Vaccine operations Central Provinces 1886-1899 - 1886-1899
Year: 1886
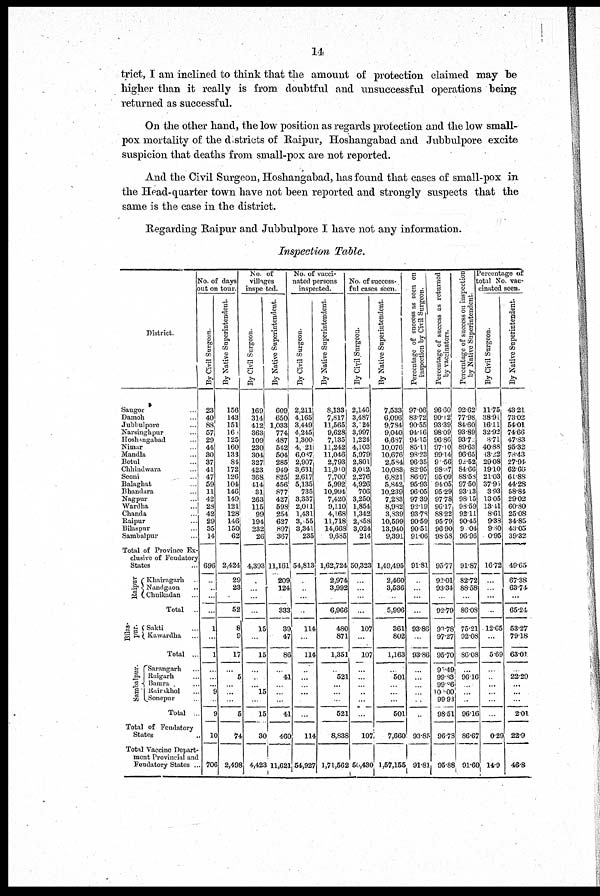
14
trict, I am inclined to think that the amount of protection claimed may be
higher than it really is from doubtful and unsuccessful operations being
returned as successful.
On the other hand, the low position as regards protection and the low small-
pox mortality of the districts of Raipur, Hoshangabad and Jubbulpore excite
suspicion that deaths from small-pox are not reported.
And the Civil Surgeon, Hoshangabad, has found that cases of small-pox in
the Head-quarter town have not been reported and strongly suspects that the
same is the case in the district.
Regarding Raipur and Jubbulpore I have not any information.
Inspection Table.
District
Saugor ...
Damoh ...
Jubbulpore ...
Narsinghpur ...
Hoshangabad ...
Nimar ...
Mandla ...
Betul ...
Chhindwara ...
Seoni
...
Balaghat ...
Bhandara ...
Nagpur ...
Wardha ...
Chanda ...
Raipur ...
Bilaspur ...
Sambalpur ...
Total of Province Ex-
clusive of Feudatory
States ...
Raipur
Khairagarh ...
Nandgaon ...
Chuikadan ...
Total ...
Bilas-
pur.
Sambalpur. ...
Sakti ...
Kawardha ...
Total ...
Sarangarh ...
Raigarh ...
Bamra ...
Rairakhol ...
Sonepur ...
Total ...
Total of Feudatory
States ...
Total Vaccine Depart-
ment Provincial and
Feudatory States ..
No. of days
out on tour
By Civil Surgeon.
23
40
88
57
29
44
30
37
41
47
59
11
42
28
42
29
35
14
696
...
...
...
...
1
...
1
...
...
...
9
...
9
10
706
By Native Superintendent
156
143
151
161
125
160
133
84
172
126
104
146
149
121
128
146
150
62
2,424
29
23
...
52
8
9
17
...
5
...
...
...
5
74
2,498
No of
villages
inspected.
By Civil Surgeon.
169
314
412
363
109
230
304
327
423
368
114
31
263
115
99
194
232
26
4,393
...
...
...
...
15
...
15
...
...
...
15
...
15
30
4,423
By Native Superintendent.
609
650
1,033
774
487
542
504
285
949
825
456
877
427
593
254
627
897
367
11,161
209
124
...
333
39
47
86
...
41
...
...
...
44
460
11,621
No. of vacci-
nated persons
inspected.
By Civil Surgeon.
2,211
4,165
3,449
4,245
1,300
4,2l
6,037
2,907
3,631
2,617
5,135
735
3,337
2,011
1,431
3,155
3,341
235
54,813
...
...
...
...
114
...
114
...
...
...
...
...
...
114
54,927
By Native Superintendent.
8,133
7,817
11,565
9,628
7,135
11,242
11,046
2,793
11,910
7,700
5,992
10,994
7,420
9,110
4,168
11,718
14,668
9,635
1,62,724
2,974
3,992
...
6,966
480
871
1,351
...
521
...
...
...
521
8,838
1,71,562
No. of success¬
ful cases seen.
By Civil Surgeon.
2,146
3,487
3,124
3,997
1,224
4,103
5,979
2,801
3,012
2,276
4,926
706
3,250
1,854
1,342
2,858
3,024
214
50,323
...
...
...
107
...
105
...
...
...
...
...
...
107
50,430
By Native Superintendent.
7,533
6,096
9,784
9,040
6,687
10,076
10,676
2,584
10,083
6,821
5,842
10,239
7,283
8,932
3,339
10,599
13,940
9,391
1,49,495
2,460
3,536
...
5,996
361
802
1,163
...
501
...
...
...
501
7,660
1,57,155
Percentage of success as seen on
inspection by Civil Surgeon.
97.06
83.72
90.55
94.16
94.15
85.11
93.23
96.35
82.95
86.97
95.93
96.05
97.39
92.19
93.73
90.59
90.51
91.06
91.81
...
...
...
...
93.86
...
93.86
...
...
...
...
...
...
93.85
91.81
Percentage of success as returned
by vaccinators.
96.60
90.02
93.39
98.09
96.86
97.10
99.14
9.56
98.47
95.09
94.05
95.29
97.78
96.17
83.22
95.79
96.90
98.58
95.77
92.01
93.34
...
92.79
93.78
97.27
95.70
93.49
99.83
99.86
100.00
99.93
98.51
96.78
95.88
Percentage of success on inspection
by Native Superintendent
92.62
77.98
84.60
93.89
93.70
89.63
96.65
92.52
84.66
88.53
97.50
93.13
98.15
93.59
92.11
90.45
9.04
96.96
91.87
82.72
88.58
...
86.03
75.21
92.08
86.08
...
96.16
...
...
...
96.16
86.65
91.60
Percentage of
total No. vac-
cinated seen.
By Civil Surgeon.
11.75
38.91
16.11
32.92
8.71
40.88
13.22
29.08
19.10
21.03
37.95
3.93
13.05
13.41
8.61
9.33
9.30
0.95
16.72
...
...
...
...
12.65
...
5.69
...
...
...
...
...
...
0.29
14.9
By Native Superintendent.
43.21
73.02
54.01
74.66
47.83
95.32
78.43
27.94
62.60
61.88
44.28
58.84
29.02
60.80
25.08
34.85
43.05
39.32
49.65
67.38
63.74
...
65.24
53.27
79.18
63.01
...
22.29
...
...
...
2.01
22.9
46.8